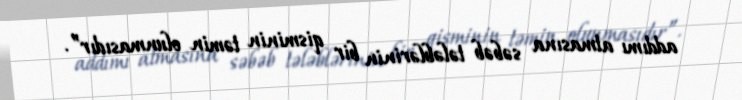
addımı atmasına səbəb tələblərinin bir qisminin təmin olunmasıdır”.